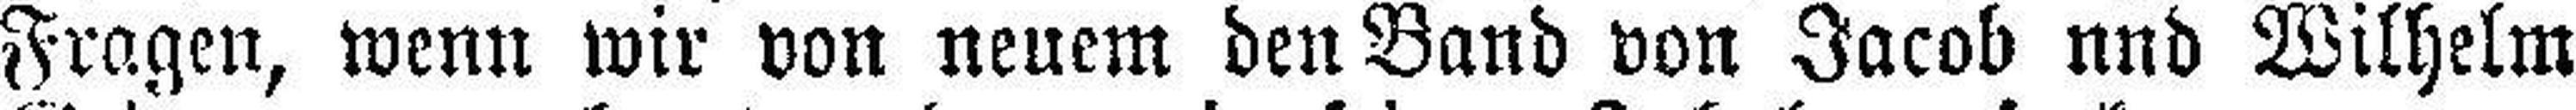
Fragen, wenn wir von neuem den Band von Jacob und Wilhelm